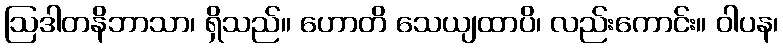
ဩဒါတနိဘာသာ၊ ရှိသည်။ ဟောတိ သေယျထာပိ၊ လည်းကောင်း။ ဝါပန၊